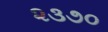
૨૩૭૦